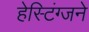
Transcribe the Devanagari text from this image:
हेस्टिंग्जने